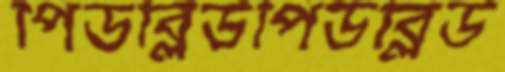
পিডব্লিউপিডব্লিউ